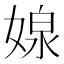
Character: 𭒉